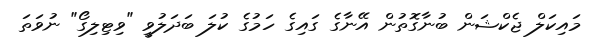
މައިކަލް ޖެކްޝަން ބުނާގޮތުން އޭނާގެ ގައިގެ ހަމުގެ ކުލަ ބަދަލުވީ "ވިޓިލިގޯ" ނުވަތަ